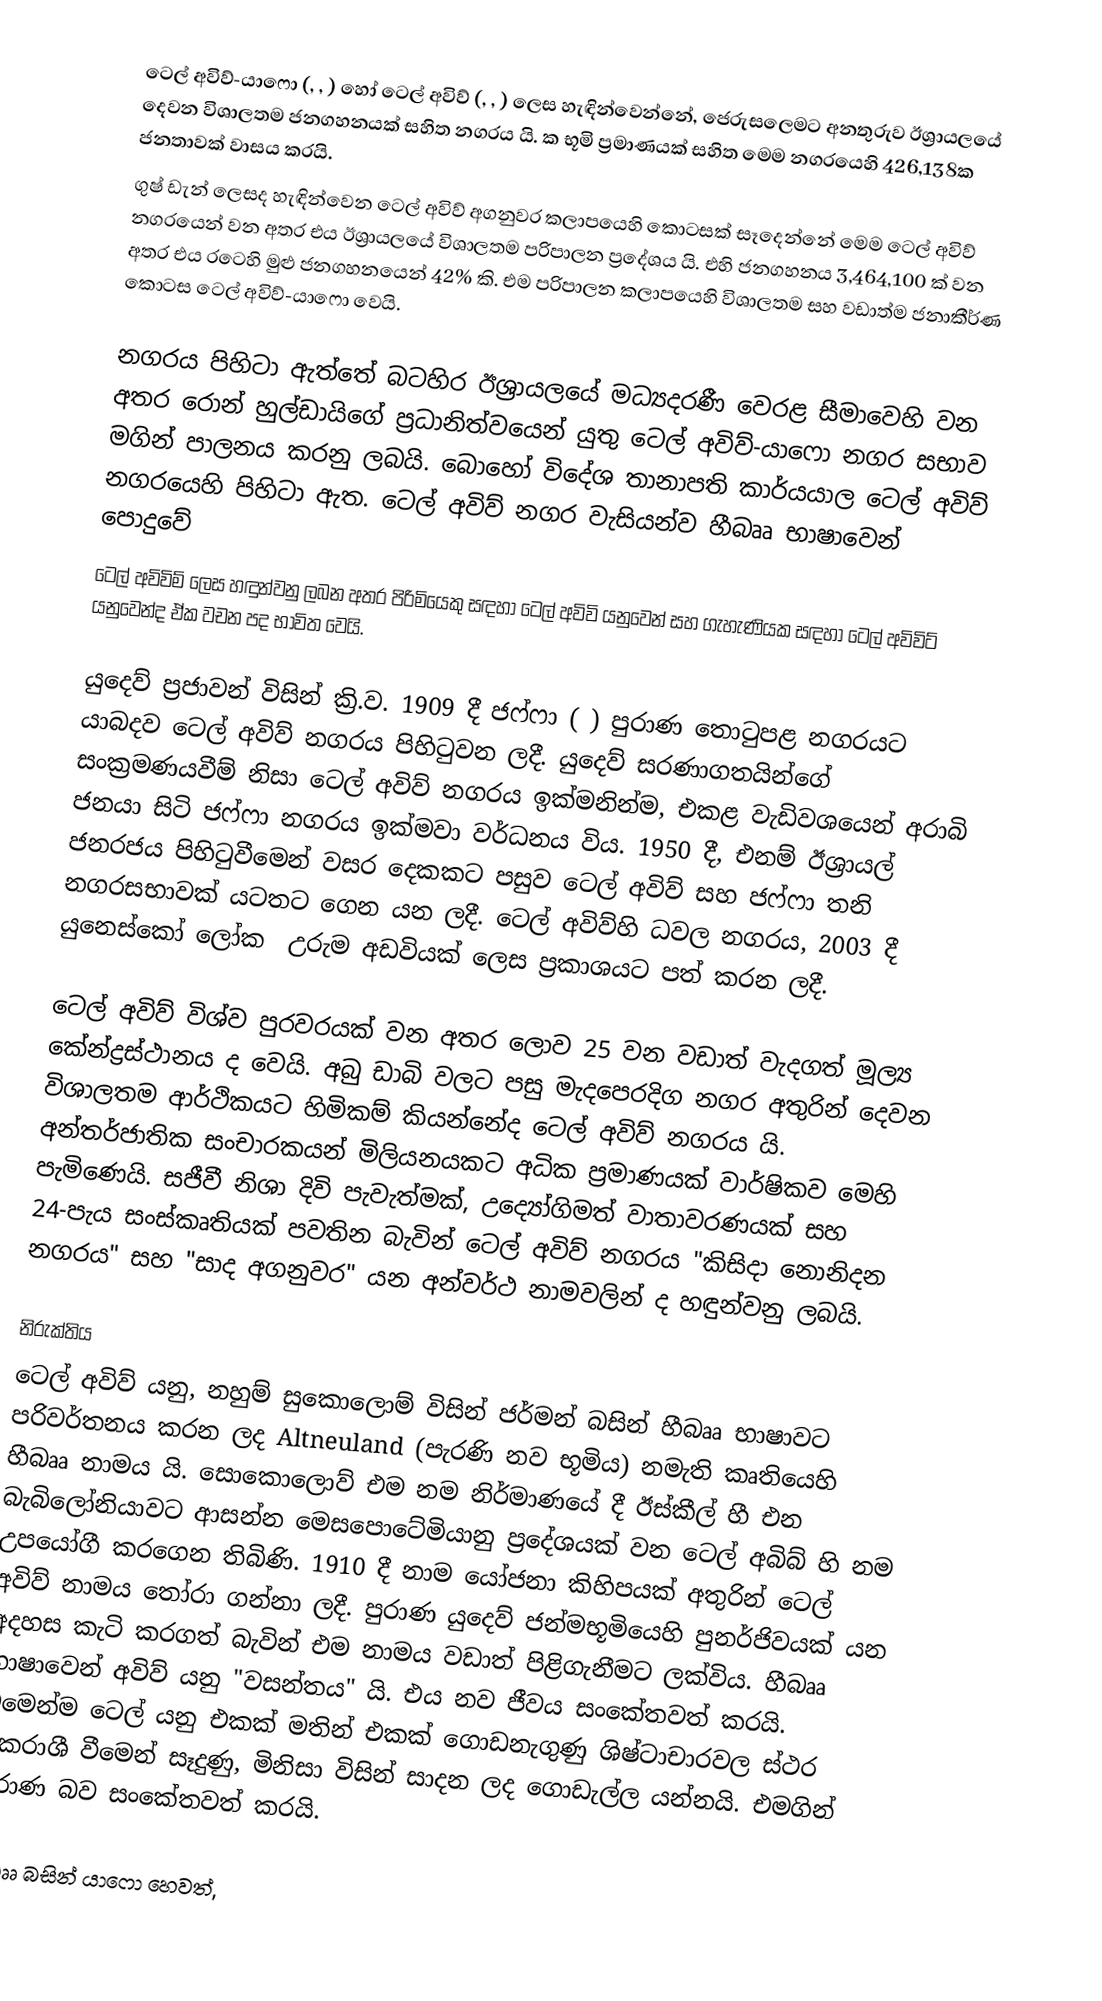
ටෙල් අවිව්-යාෆො (, , ) හෝ ටෙල් අවිව් (, , ) ලෙස හැඳින්වෙන්නේ, ජෙරුසලෙමට අනතුරුව ඊශ්‍රායලයේ දෙවන විශාලතම ජනගහනයක් සහිත නගරය යි.  ක භූමි ප්‍රමාණයක් සහිත මෙම නගරයෙහි 426,138ක ජනතාවක් වාසය කරයි.
ගුෂ් ඩැන් ලෙසද හැඳින්වෙන ටෙල් අවිව් අගනුවර කලාපයෙහි කොටසක් සෑදෙන්නේ මෙම ටෙල් අවිව් නගරයෙන් වන අතර එය ඊශ්‍රායලයේ විශාලතම පරිපාලන ප්‍රදේශය යි. එහි ජනගහනය 3,464,100 ක් වන අත‍ර එය රටෙහි මුළු ජනගහනයෙන් 42% කි. එම පරිපාලන කලාපයෙහි විශාලතම සහ වඩාත්ම ජනාකීර්ණ කොටස ටෙල් අවිව්-යාෆො වෙයි.

නගරය පිහිටා ඇත්තේ බටහිර ඊශ්‍රායලයේ මධ්‍යදරණී වෙරළ සීමාවෙහි වන අතර රොන් හුල්ඩායිගේ ප්‍රධානිත්වයෙන් යුතු ටෙල් අවිව්-යාෆො නගර සභාව මගින් පාලනය කරනු ලබයි. බොහෝ විදේශ තානාපති කාර්යයාල ටෙල් අවිව් නගරයෙහි පිහිටා ඇත. ටෙල් අවිව් නගර වැසියන්ව හීබෲ භාෂාවෙන් පොදුවේ
ටෙල් අවිවිම් ලෙස හඳුන්වනු ලබන අතර පිරිමියෙකු සඳහා ටෙල් අවිවි යනුවෙන් සහ ගැහැණියක සඳහා ටෙල් අවිවිට් යනුවෙන්ද ඒක වචන පද භාවිත වෙයි.

යුදෙව් ප්‍රජාවන් විසින් ක්‍රි.ව. 1909  දී ජෆ්ෆා ( ) පුරාණ තොටුපළ නගරයට යාබදව ටෙල් අවිව් නගරය පිහිටුවන ලදී.  යුදෙව් සරණාගතයින්ගේ සංක්‍රමණයවීම්  නිසා ටෙල් අවිව් නගරය ඉක්මනින්ම, එකළ වැඩිවශයෙන් අරාබි ජනයා සිටි ජෆ්ෆා නගරය ඉක්මවා වර්ධනය විය. 1950 දී, එනම් ඊශ්‍රායල් ජනරජය පිහිටුවීමෙන් වසර දෙකකට පසුව ටෙල් අවිව් සහ ජෆ්ෆා තනි නගරසභාවක් යටතට ගෙන යන ලදී. ටෙල් අවිව්හි ධවල නගරය, 2003 දී යුනෙස්කෝ ලෝක ‍ උරුම අඩවියක් ලෙස ප්‍රකාශයට පත් කරන ලදී.

ටෙල් අවිව් විශ්ව පුරවරයක් වන අතර ලොව 25 වන වඩාත් වැදගත් මූල්‍ය කේන්ද්‍රස්ථානය ද වෙයි. අබු ඩාබි වලට පසු මැදපෙරදිග නගර අතුරින් දෙවන විශාලතම ආර්ථිකයට හිමිකම් කියන්නේද ටෙල් අවිව් නගරය යි. අන්තර්ජාතික සංචාරකයන් මිලියනයකට අධික ප්‍රමාණයක් වාර්ෂිකව මෙහි පැමිණෙයි. සජීවී නිශා දිවි පැවැත්මක්, උද්‍යෝගිමත් වාතාවරණයක් සහ 24-පැය සංස්කෘතියක් පවතින බැවින් ටෙල් අවිව් නගරය "කිසිදා නොනිදන නගරය" සහ "සාද අගනුවර" යන අන්වර්ථ නාමවලින් ද හඳුන්වනු ලබයි.

නිරුක්තිය
ටෙල් අවිව් යනු, නහුම් සුකොලොම් විසින් ජර්මන් බසින් හීබෲ භාෂාවට පරිවර්තනය කරන ලද  Altneuland (පැරණි නව භූමිය) නමැති කෘතියෙහි හීබෲ නාමය යි. සොකොලොව් එම නම නිර්මාණයේ දී ඊස්කීල් හී එන බැබිලෝනියාවට ආසන්න මෙසපොටේමියානු ප්‍රදේශයක් වන ටෙල් අබිබ් හි නම උපයෝගී කරගෙන තිබිණි. 1910 දී නාම යෝජනා කිහිපයක් අතුරින් ටෙල් අවිව් නාමය තෝරා ගන්නා ලදී. පුරාණ යුදෙව් ජන්මභූමියෙහි පුනර්ජිවයක් යන අදහස කැටි කරගත් බැවින් එම නාමය වඩාත් පිළිගැනීමට ලක්විය. හීබෲ භාෂාවෙන් අවිව් යනු "වසන්තය" යි. එය  නව ජීවය සංකේතවත් කරයි. එමෙන්ම ටෙල් යනු එකක් මතින් එකක් ගොඩනැගුණු ශිෂ්ටාචාරවල ස්ථර ඒකරාශී වීමෙන් සෑදුණු, මිනිසා විසින් සාදන ලද ගොඩැල්ල යන්නයි. එමගින් පුරාණ බව සංකේතවත් කරයි.

හීබෲ බසින් යාෆො හෙවත්,